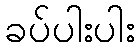
ခပ်ပါးပါး